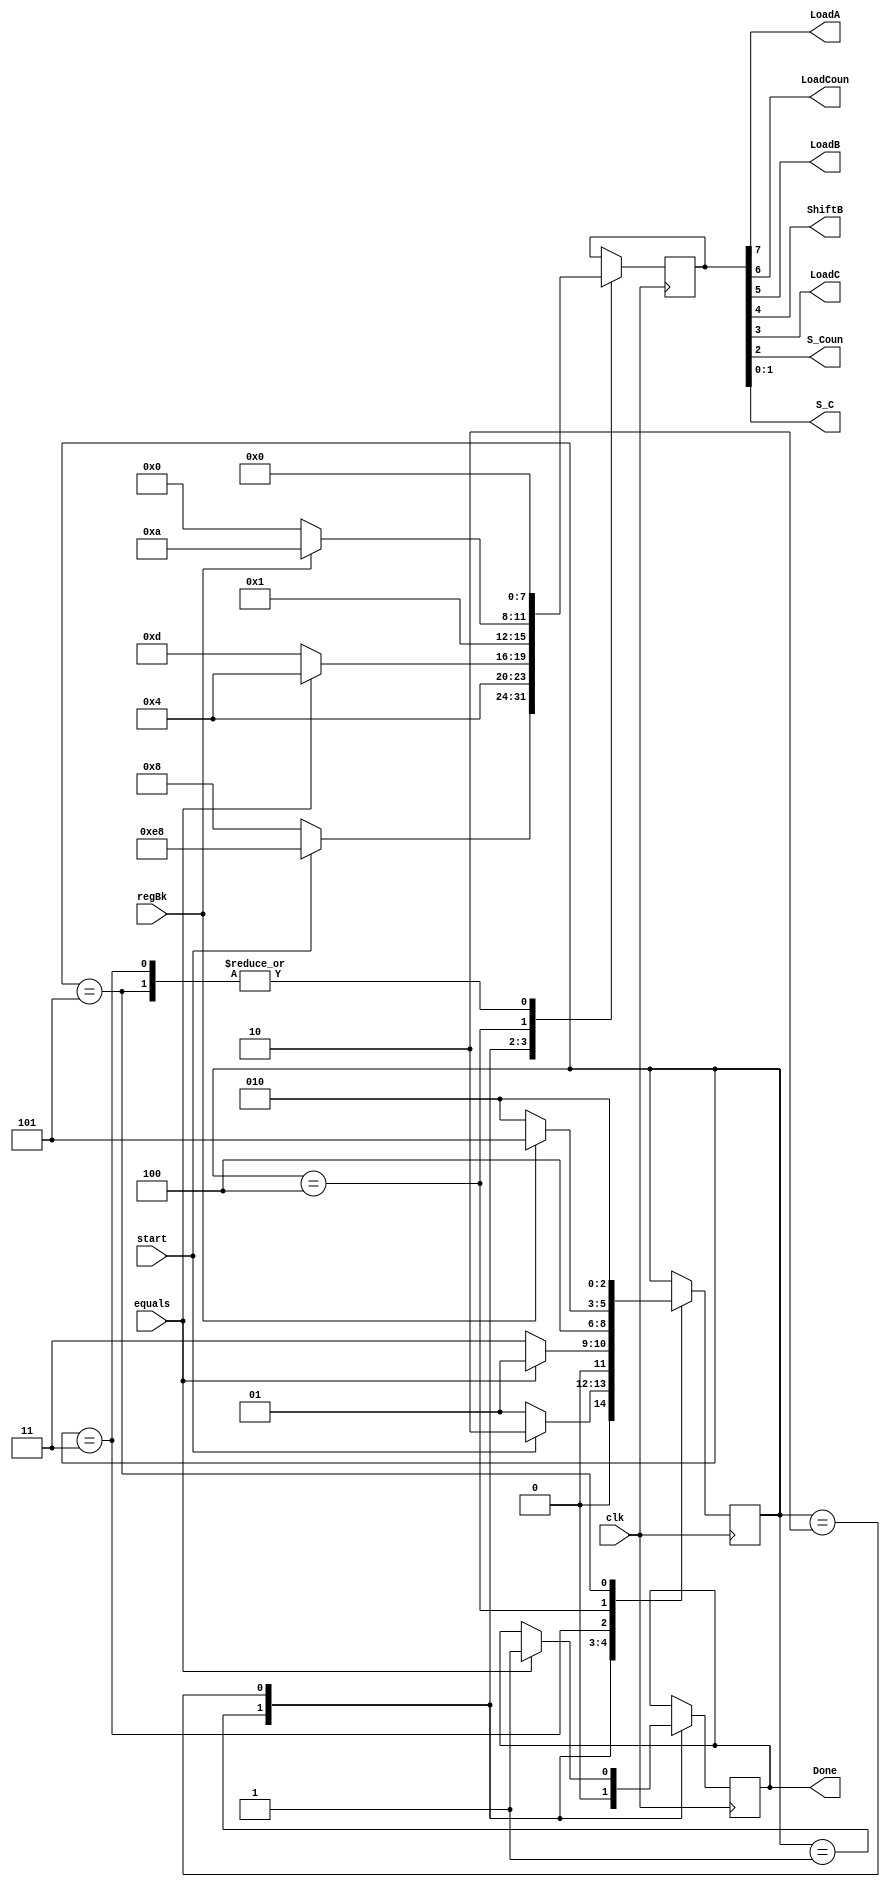
module CU(
input clk,
input start,
input equals,
input regBk,
output LoadA,
output LoadCoun,
output LoadB,
output ShiftB,
output LoadC,
output S_Coun,
output [1:0] S_C,
output reg Done
);
parameter   STEP1 = 3'b001,
            STEP2 = 3'b010,
            STEP3 = 3'b011,
            STEP4 = 3'b100,
            STEP5 = 3'b101;

reg [2:0] state = STEP1;

reg [7:0] control_word;
assign {LoadA, LoadCoun, LoadB, ShiftB, LoadC, S_Coun, S_C} = control_word;
always@(posedge clk) begin 
        case(state)
            STEP1: begin 
                Done <= 0;
                if(!start) begin
                    control_word <= 8'b00001000;
                    state <= STEP1;
                end else begin
                    control_word <= 8'b11101000;
                    state <= STEP2;
                end
            end
            STEP2: 
                if(!equals) begin
                    control_word <= 8'b01001101;
                    state <= STEP3;
                end else begin
                    control_word <= 8'b01000100;
                    state <= STEP1; 
                    Done <= 1;
                end
            
            STEP3: begin
                control_word <= 8'b00000000;
                state <= STEP4;
            end
            STEP4:
                if(!regBk) begin
                    control_word <= 8'b00010000;
                    state <= STEP2;
                end else begin
                    control_word <= 8'b00011010;
                    state <= STEP5;
                end
            STEP5: begin
                control_word <= 8'b00000000;
                state <= STEP2;
            end
        endcase
    end


endmodule